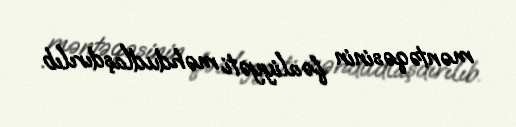
məntəqəsinin fəaliyyəti məhdudlaşdırılıb.